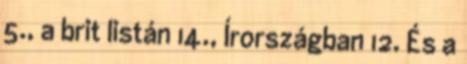
5., a brit listán 14., Írországban 12. És a